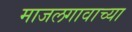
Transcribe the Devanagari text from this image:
माजलगावाच्या